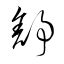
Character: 舒